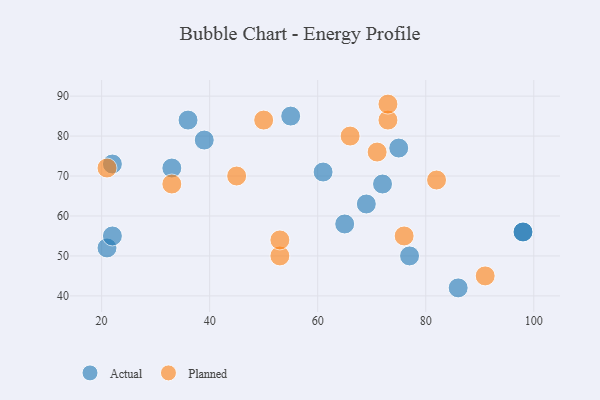
{"axis": {"x": "GDP", "y": "Life Expectancy"}, "legend": ["Actual", "Planned"], "data": [{"x": "61", "y": 71, "type": "Actual"}, {"x": "86", "y": 42, "type": "Actual"}, {"x": "22", "y": 73, "type": "Actual"}, {"x": "65", "y": 58, "type": "Actual"}, {"x": "98", "y": 56, "type": "Actual"}, {"x": "75", "y": 77, "type": "Actual"}, {"x": "36", "y": 84, "type": "Actual"}, {"x": "21", "y": 52, "type": "Actual"}, {"x": "55", "y": 85, "type": "Actual"}, {"x": "98", "y": 56, "type": "Actual"}, {"x": "39", "y": 79, "type": "Actual"}, {"x": "33", "y": 72, "type": "Actual"}, {"x": "69", "y": 63, "type": "Actual"}, {"x": "77", "y": 50, "type": "Actual"}, {"x": "22", "y": 55, "type": "Actual"}, {"x": "72", "y": 68, "type": "Actual"}, {"x": "50", "y": 84, "type": "Planned"}, {"x": "76", "y": 55, "type": "Planned"}, {"x": "91", "y": 45, "type": "Planned"}, {"x": "33", "y": 68, "type": "Planned"}, {"x": "45", "y": 70, "type": "Planned"}, {"x": "66", "y": 80, "type": "Planned"}, {"x": "73", "y": 84, "type": "Planned"}, {"x": "82", "y": 69, "type": "Planned"}, {"x": "71", "y": 76, "type": "Planned"}, {"x": "53", "y": 50, "type": "Planned"}, {"x": "53", "y": 54, "type": "Planned"}, {"x": "21", "y": 72, "type": "Planned"}, {"x": "73", "y": 88, "type": "Planned"}]}